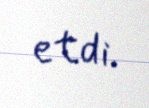
etdi.